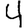
Digit: 4